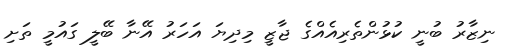
ނިޒާރު ބުނީ ކުޅުންތެރިއެއްގެ ޖާޒީ މިދިޔަ އަހަރު އޭނާ ބޭލީ ގައުމީ ތަށި